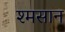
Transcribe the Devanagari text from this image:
श्मसान